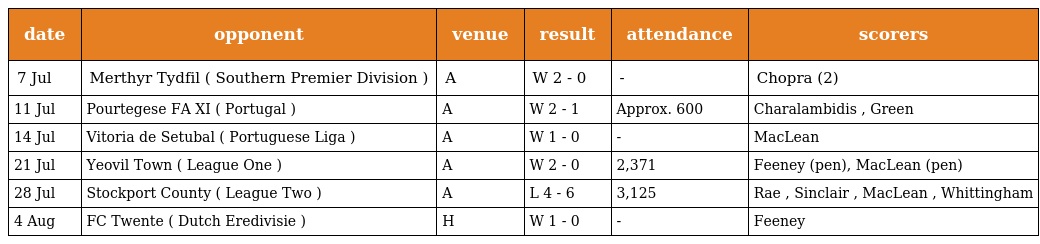
| date | opponent | venue | result | attendance | scorers |
 | --- | --- | --- | --- | --- | --- |
 | 7 Jul | Merthyr Tydfil ( Southern Premier Division ) | A | W 2 - 0 | - | Chopra (2) |
 | 11 Jul | Pourtegese FA XI ( Portugal ) | A | W 2 - 1 | Approx. 600 | Charalambidis , Green |
 | 14 Jul | Vitoria de Setubal ( Portuguese Liga ) | A | W 1 - 0 | - | MacLean |
 | 21 Jul | Yeovil Town ( League One ) | A | W 2 - 0 | 2,371 | Feeney (pen), MacLean (pen) |
 | 28 Jul | Stockport County ( League Two ) | A | L 4 - 6 | 3,125 | Rae , Sinclair , MacLean , Whittingham |
 | 4 Aug | FC Twente ( Dutch Eredivisie ) | H | W 1 - 0 | - | Feeney |